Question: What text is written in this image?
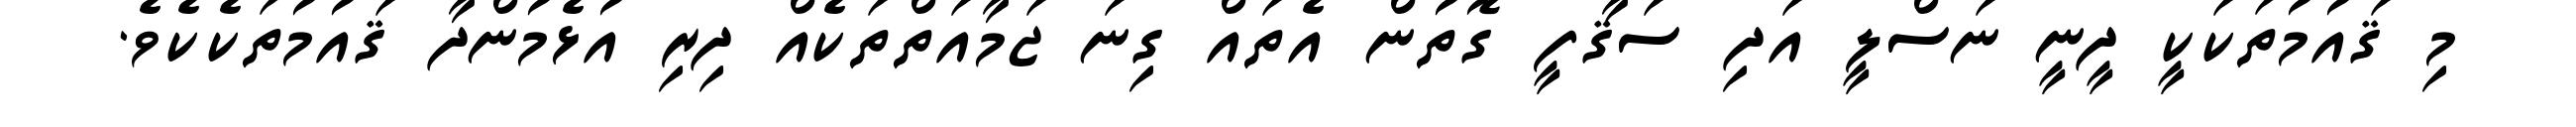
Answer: މި ޤައުމުތަކަކީ ދީނީ ނަސްލީ އަދި ސަޤާފީ ގޮތުން އެތައް ގިނަ ޖަމާއަތްތަކެއް ދިރި އުޅެމުންދާ ޤައުމުތަކެކެވެ.